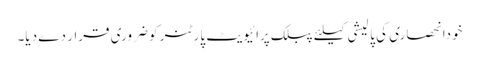
خودانحصاری کی پالیشی کیلئے پبلک پرائیویٹ پارٹنر کو ضروری قرار دے دیا۔